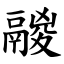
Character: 鬷